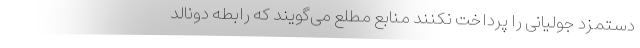
دستمزد جولیانی را پرداخت نکنند منابع مطلع می‌گویند که رابطه‌ دونالد